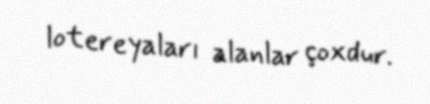
lotereyaları alanlar çoxdur.